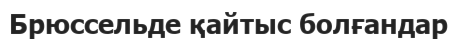
Брюссельде қайтыс болғандар